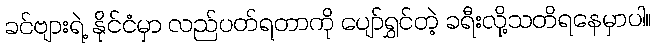
ခင်ဗျားရဲ့ နိုင်ငံမှာ လည်ပတ်ရတာကို ပျော်ရွှင်တဲ့ ခရီးလို့သတိရနေမှာပါ။